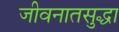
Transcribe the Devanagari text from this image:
जीवनातसुद्धा